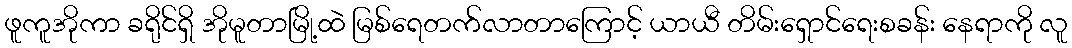
ဖူကူအိုကာ ခရိုင်ရှိ အိုမူတာမြို့ထဲ မြစ်ရေတက်လာတာကြောင့် ယာယီ တိမ်းရှောင်ရေးစခန်း နေရာကို လူ